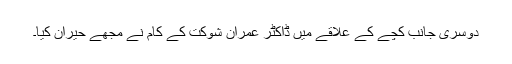
دوسری جانب کچے کے علاقے میں ڈاکٹر عمران شوکت کے کام نے مجھے حیران کیا۔